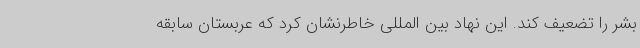
بشر را تضعیف کند. این نهاد بین المللی خاطرنشان کرد که عربستان سابقه